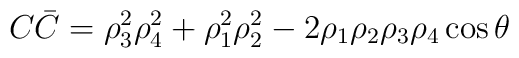
C\bar{C}=\rho_3^2\rho_4^2+\rho_1^2\rho_2^2-2\rho_1\rho_2\rho_3\rho_4\cos{\theta}